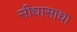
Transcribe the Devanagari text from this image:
सीधासाधा